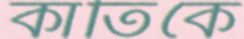
কার্তিকে